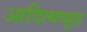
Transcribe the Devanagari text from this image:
आदित्यव्यूह